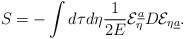
LaTeX: \begin{align*}S=-\int d\tau d\eta{1\over{2E}}{\cal E}_{\eta}^{\underline a}D{\cal E}_{\eta\underline a}.\end{align*}